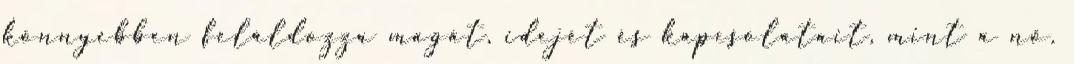
könnyebben feláldozza magát, idejét és kapcsolatait, mint a nő.